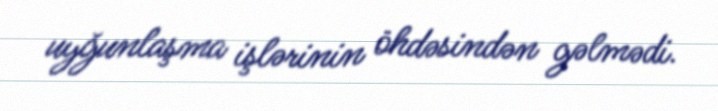
uyğunlaşma işlərinin öhdəsindən gəlmədi.